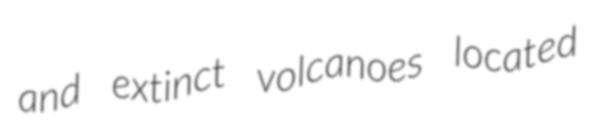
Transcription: and extinct volcanoes located